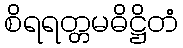
စိရရတ္တမဓိဋ္ဌိတံ